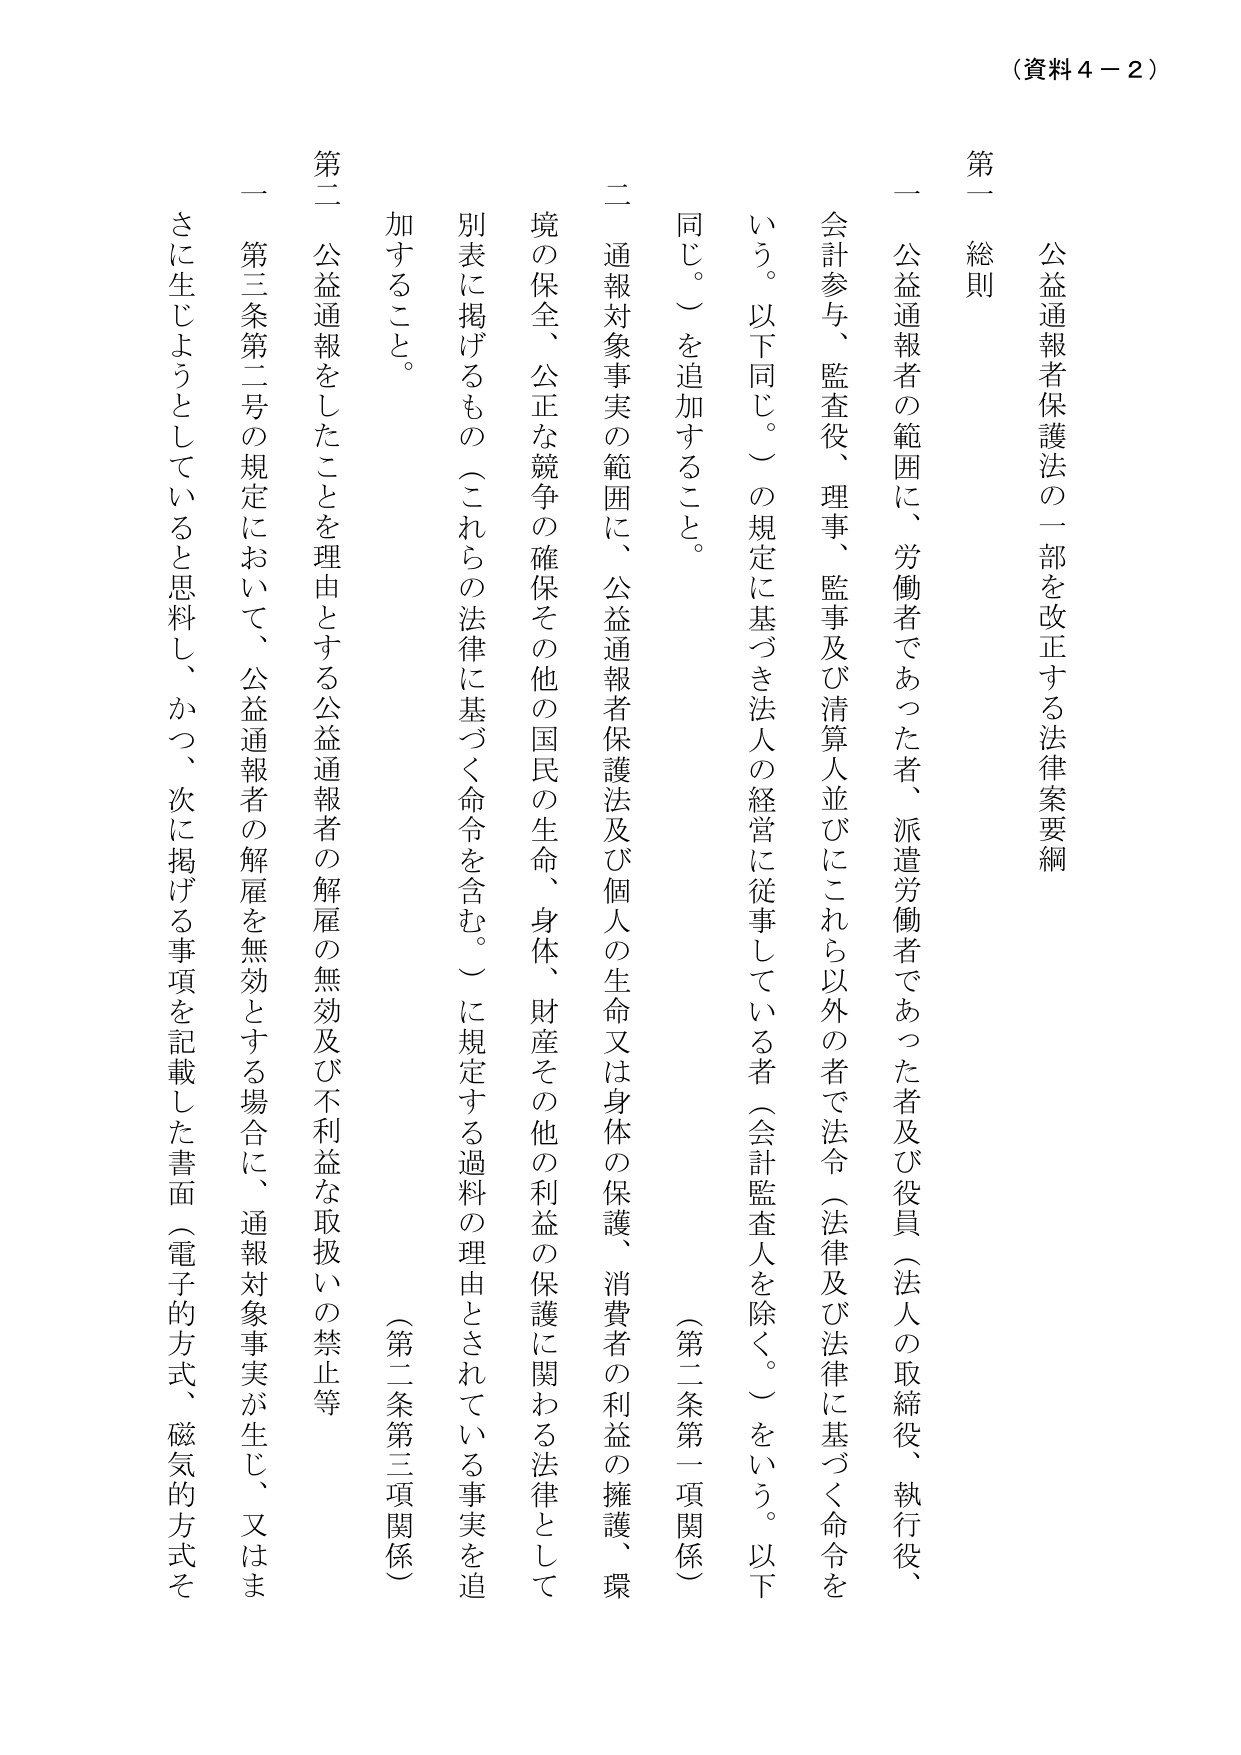
（資料４－２）

公益通報者保護法の一部を改正する法律案要綱

第一 総則

一 公益通報者の範囲に、労働者であった者、派遣労働者であった者及び役員（法人の取締役、執行役、会計参与、監査役、理事、監事及び清算人並びにこれら以外の者で法令（法律及び法律に基づく命令をいう。以下同じ。）の規定に基づき法人の経営に従事している者（会計監査人を除く。）をいう。以下同じ。）を追加すること。

二 通報対象事実の範囲に、公益通報者保護法及び個人の生命又は身体の保護、消費者の利益の擁護、環境の保全、公正な競争の確保その他の国民の生命、身体、財産その他の利益の保護に関する法律として別表に掲げるものの（これらの法律に基づく命令を含む。）に規定する過料の理由とされている事実を追加すること。

（第二条第一項関係）

第二 公益通報をしたことを理由とする公益通報者の解雇の無効及び不利益な取扱いの禁止等

一 第三条第二号の規定において、公益通報者の解雇を無効とする場合に、通報対象事実が生じ、又はまさに生じようとしていると思料し、かつ、次に掲げる事項を記載した書面（電子的方式、磁気的方式そ

（第二条第三項関係）